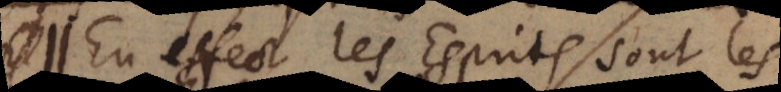
En effect les Esprits sont les